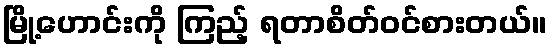
မြို့ဟောင်းကို ကြည့် ရတာစိတ်ဝင်စားတယ်။